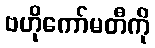
ဗဟိုကော်မတီကို